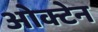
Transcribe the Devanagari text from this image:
ओक्टेन